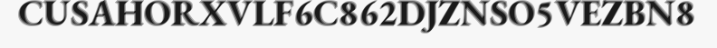
CUSAHORXVLF6C862DJZNSO5VEZBN8